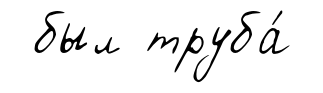
был труба́